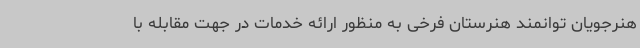
هنرجویان توانمند هنرستان فرخی به منظور ارائه خدمات در جهت مقابله با